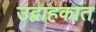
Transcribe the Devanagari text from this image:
उद्वाहकांत